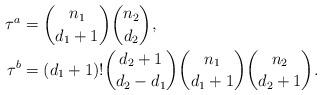
LaTeX: \begin{align*}\tau^a &={n_1 \choose d_1+1} {n_2 \choose d_2}, \\\tau^b &=(d_1+1)! {d_2+1 \choose d_2-d_1} {n_1 \choose d_1+1} {n_2 \choose d_2+1}. \end{align*}